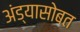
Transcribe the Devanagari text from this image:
अंड्यासोबत